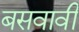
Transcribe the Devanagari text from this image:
बसवावी